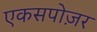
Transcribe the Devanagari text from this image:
एकसपोज़र